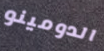
الدومينو